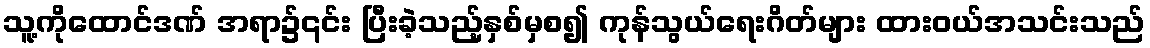
သူ့ကိုထောင်ဒဏ် အရာ၌၎င်း ပြီးခဲ့သည့်နှစ်မှစ၍ ကုန်သွယ်ရေးဂိတ်များ ထားဝယ်အသင်းသည်